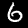
Label: 6